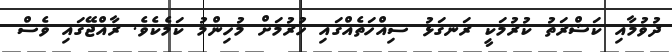
ދުވުމާއި ކަޝްރަތު ކުރުމަކީ ރަނގަޅު ސިއްހަތެއްގައި ހުރުމަށް މުހިންމު ކަމެކެވެ. ރާއްޖޭގައި ވެސް